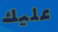
عليك